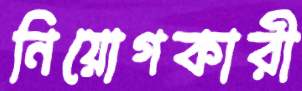
নিয়োগকারী